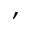
,